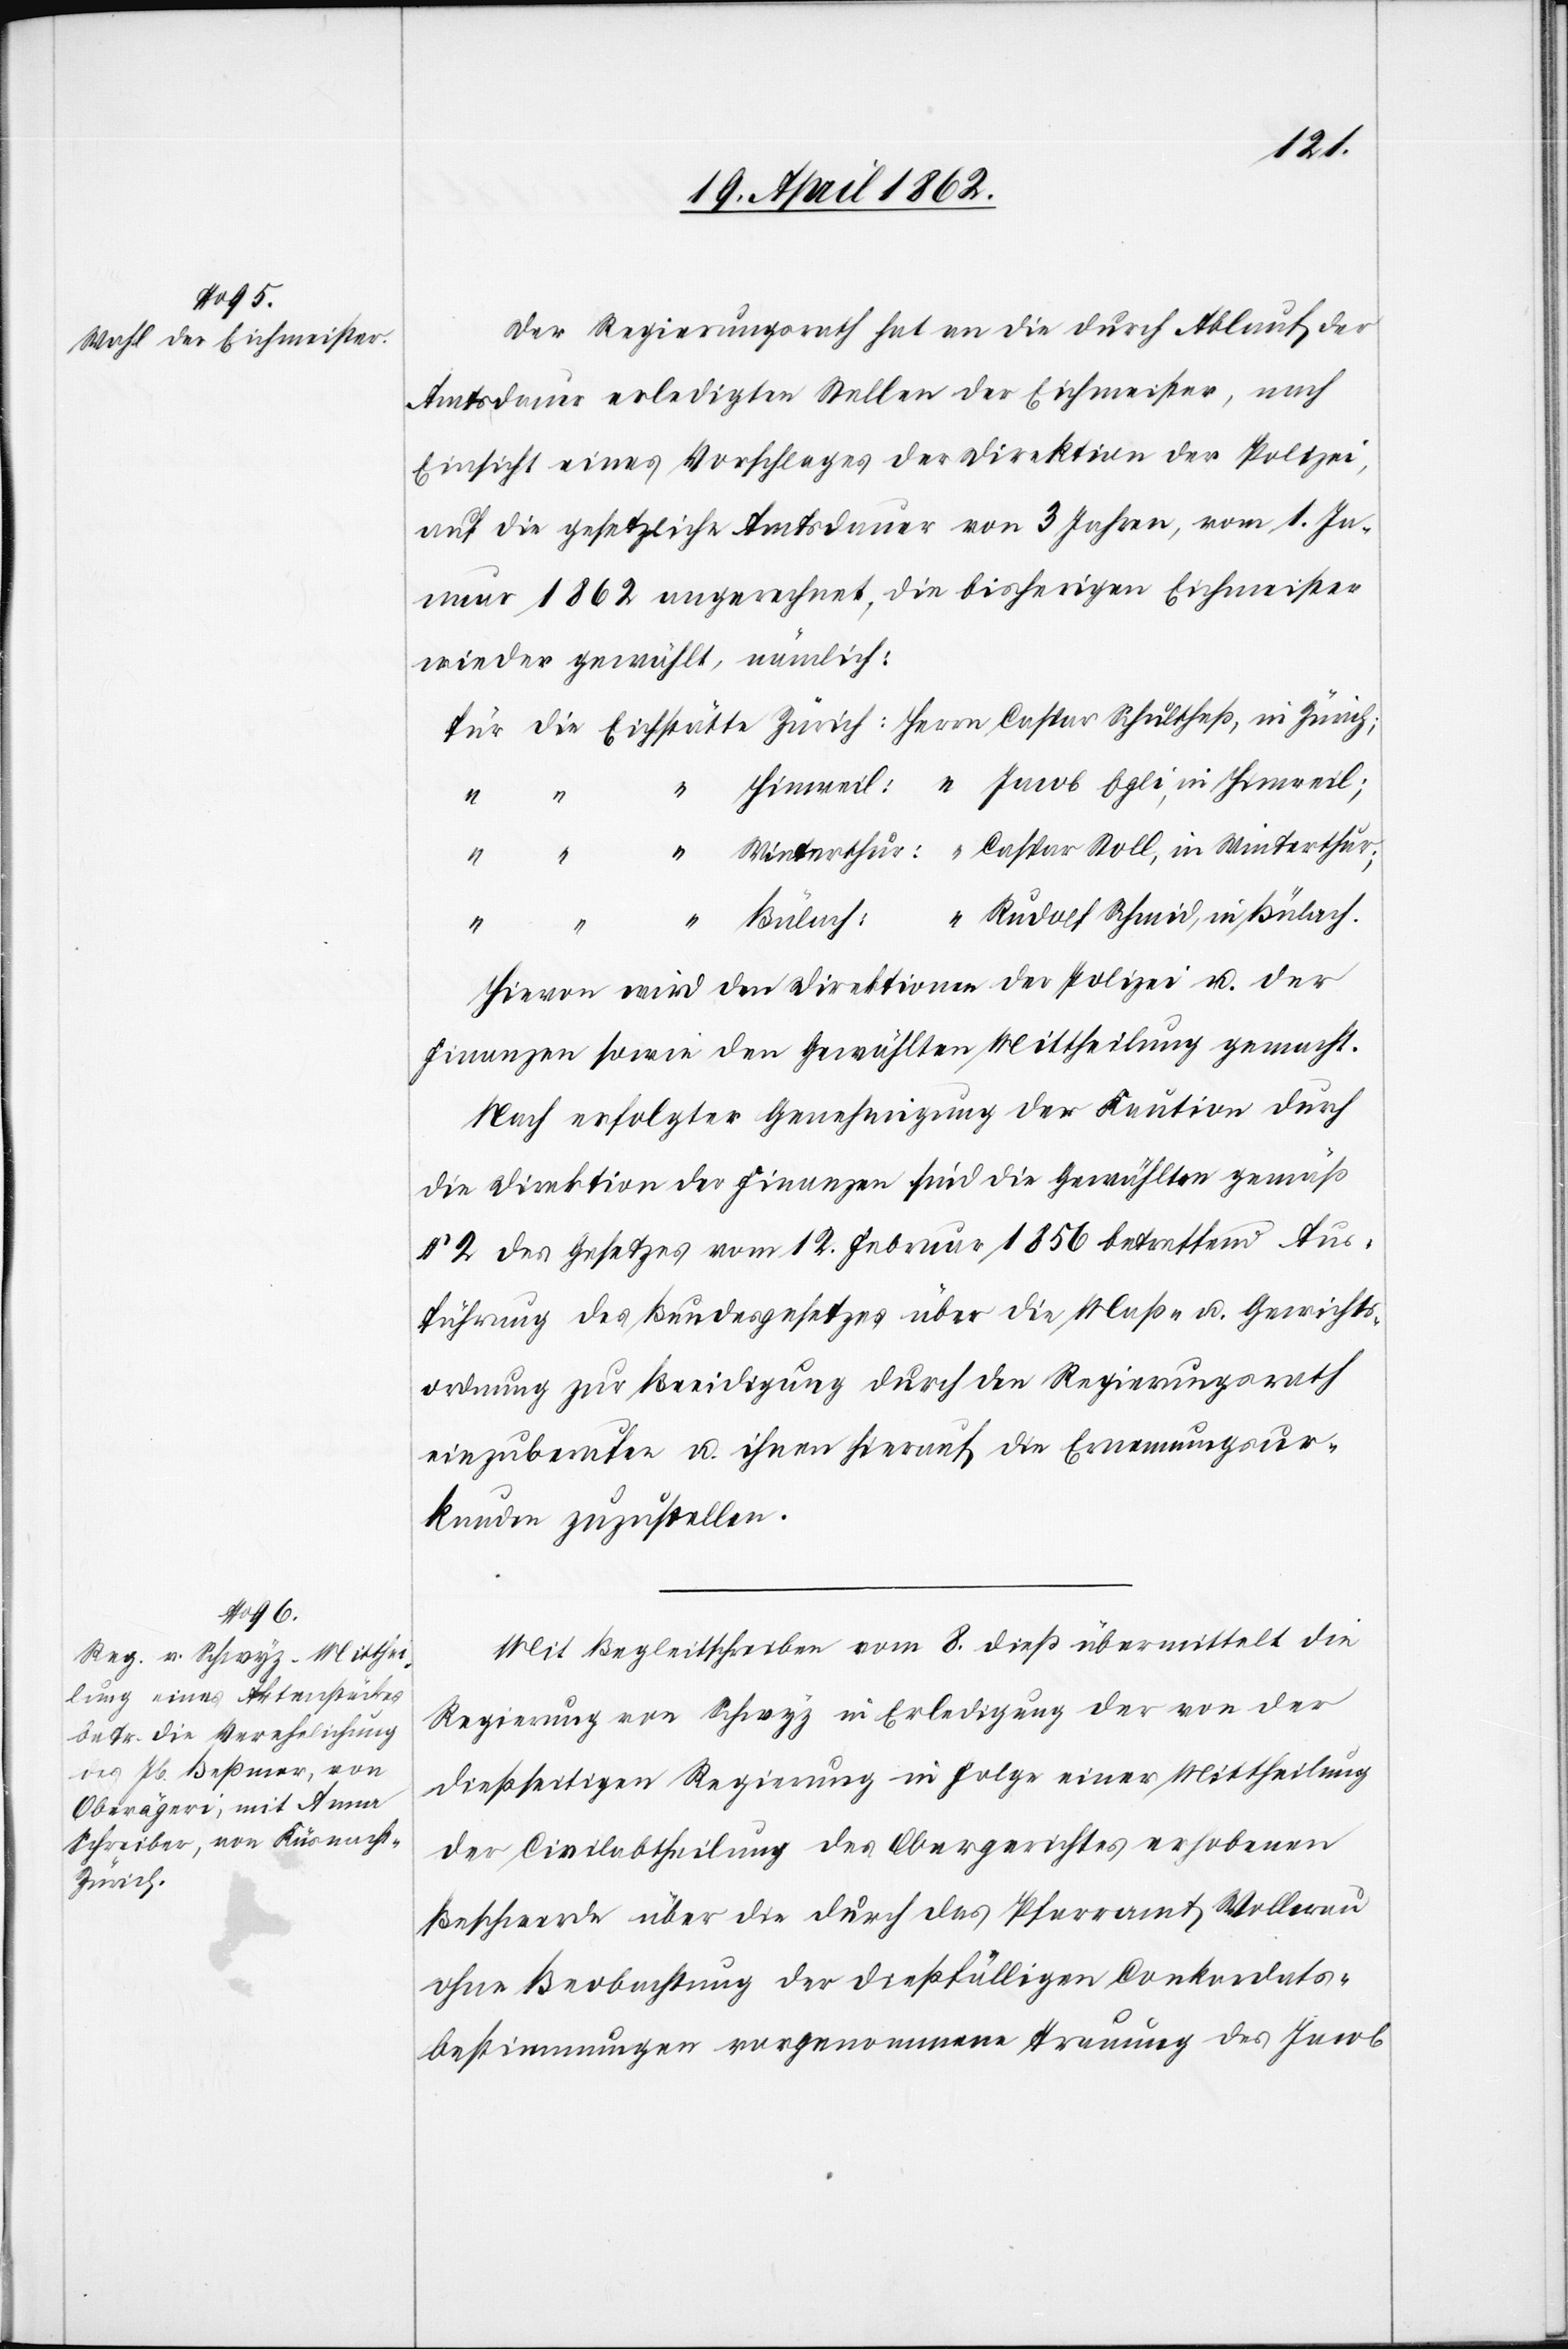
Stoll,
Zürich;

Herrn
Der Regierungsrath hat an die durch Ablauf der
Amtsdauer erledigten Stellen der Eichmeister, nach
Einsicht eines Vorschlages der Direktion der Polizei,
auf die gesetzliche Amtsdauer von 3 Jahren, vom 1. Ja¬
nuar 1862 angerechnet, die bisherigen Eichmeister
wieder gewählt, nämlich:
Rudolf Schmid, in Bülach.
Hievon wird der Direktion der Polizei u. der
Finanzen sowie den Gewählten Mittheilung gemacht.
Nach erfolgter Genehmigung der Kaution durch
die Direktion der Finanzen sind die Gewählten gemäß
§ 2 des Gesetzes vom 12. Februar 1856 betreffend Aus¬
führung des Bundesgesetzes über die Maß- u. Gewichts¬
ordnung zur Beeidigung durch den Regierungsrath
einzuberufen u. ihnen hierauf die Ernennungsur¬
kunde zuzustellen.
Mit Begleitschreiben vom 8. dieß übermittelt die
Regierung von Schwyz in Erledigung der von der
dießseitigen Regierung in Folge einer Mittheilung
der Civilabtheilung des Obergerichtes erhobenen
Beschwerde über die durch das Pfarramt Wollerau
ohne Beobachtung der dießfälligen Conkordats¬
bestimmungen vorgenommene Trauung des Jacob